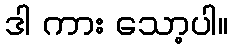
ဒါ ကား သော့ပါ။